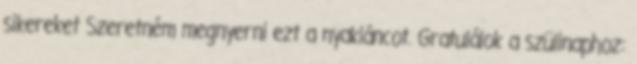
sikereket Szeretném megnyerni ezt a nyakláncot. Gratulálok a szülinaphoz: